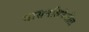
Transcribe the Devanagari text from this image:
श्वासनलिकेतील